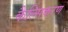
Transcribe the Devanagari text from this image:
कैल्सिकरण